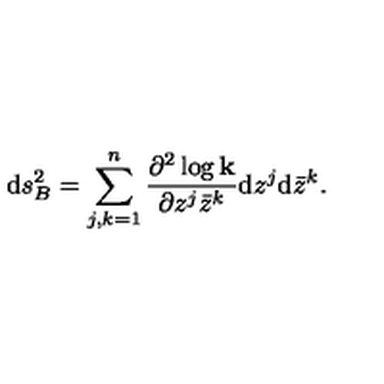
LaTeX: \mathrm { d } s _ { B } ^ { 2 } = \sum _ { j , k = 1 } ^ { n } { \frac { \partial ^ { 2 } \log { \bf k } } { \partial z ^ { j } \bar { z } ^ { k } } } \mathrm { d } z ^ { j } \mathrm { d } \bar { z } ^ { k } .